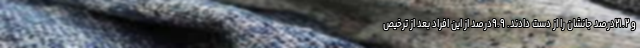
و ۲۱.۲درصد جانشان را از دست دادند. ۹.۹درصد از این افراد بعد از ترخیص